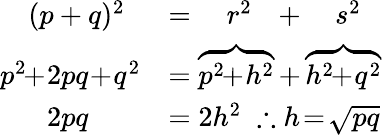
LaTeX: {\begin{array}{rl}{(p+q)^{2}\; \; }&{=\quad r^{2}\; \; \, +\quad s^{2}}\\ {p^{2}\! \! +\! 2pq\! +\! q^{2}}&{=\overbrace{p^{2}\! \! +\! h^{2}}+\overbrace{h^{2}\! \! +\! q^{2}}}\\ {2pq\quad\; \; \; }&{=2h^{2}\; \therefore h\! =\! {\sqrt{pq}}}\end{array}}